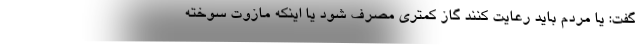
گفت: یا مردم باید رعایت کنند گاز کمتری مصرف شود یا اینکه مازوت سوخته